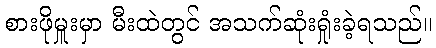
စားဖိုမှူးမှာ မီးထဲတွင် အသက်ဆုံးရှုံးခဲ့ရသည်။